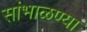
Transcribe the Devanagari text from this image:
सांभाळण्या